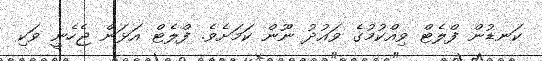
ކަނޑުން ފްލެޓް ވިއްކުމުގެ ވައުދު ނޫން ކަމަށެވެ. ފްލެޓް އަޅަން ޖެހެނީ ވަކި